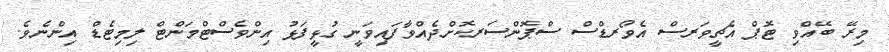
މިރޭ ބޭއްވި ޓޮޕް އެޗީވަރސް އެވޯރޑްސް ސްޕޮންސަރކޮށްދެއްވާފައިވަނީ ގުޅީފަޅު އިންވެސްޓްމަންޓް ލިމިޓެޑް އިންނެވެ.